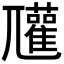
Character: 𡰞